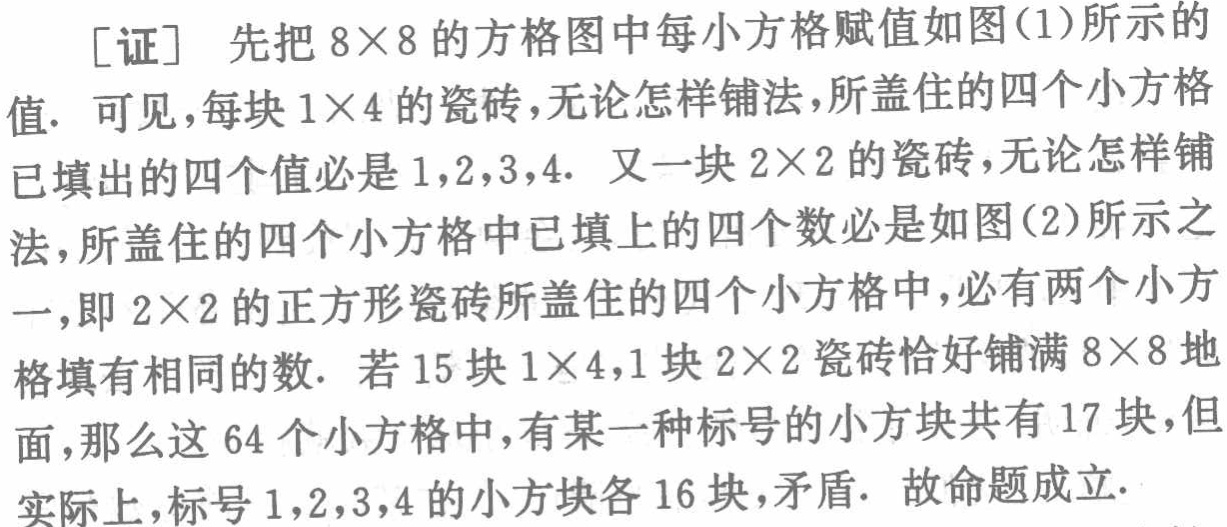
[证] 先把 \(8\times8\) 的方格图中每小方格赋值如图(1)所示的值. 可见，每块 \(1\times4\) 的瓷砖，无论怎样铺法，所盖住的四个小方格已填出的四个值必是 \(1,2,3,4\). 又一块 \(2\times2\) 的瓷砖，无论怎样铺法，所盖住的四个小方格中已填上的四个数必是如图(2)所示之一，即 \(2\times2\) 的正方形瓷砖所盖住的四个小方格中，必有两个小方格填有相同的数. 若 \(15\) 块 \(1\times4\)，\(1\) 块 \(2\times2\) 瓷砖恰好铺满 \(8\times8\) 地面，那么这 \(64\) 个小方格中，有某一种标号的小方块共有 \(17\) 块，但实际上，标号 \(1,2,3,4\) 的小方块各 \(16\) 块，矛盾. 故命题成立.